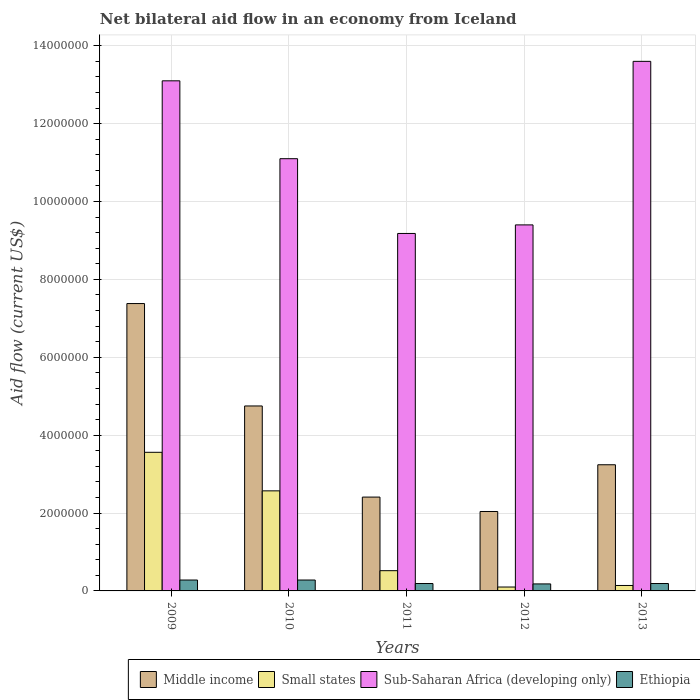
| Years | Middle income | Small states | Sub-Saharan Africa (developing only) | Ethiopia |
 | --- | --- | --- | --- | --- |
 | 2009 | 7.38e+06 | 3.56e+06 | 1.31e+07 | 2.8e+05 |
 | 2010 | 4.75e+06 | 2.57e+06 | 1.11e+07 | 2.8e+05 |
 | 2011 | 2.41e+06 | 5.2e+05 | 9.18e+06 | 1.9e+05 |
 | 2012 | 2.04e+06 | 1e+05 | 9.4e+06 | 1.8e+05 |
 | 2013 | 3.24e+06 | 1.4e+05 | 1.36e+07 | 1.9e+05 |